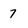
Character: 7